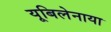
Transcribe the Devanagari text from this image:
यूबिलेनाया